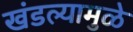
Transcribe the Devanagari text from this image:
खंडल्यामुळे